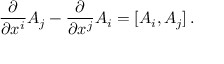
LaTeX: { \frac { \partial } { \partial x ^ { i } } } A _ { j } - { \frac { \partial } { \partial x ^ { j } } } A _ { i } = [ A _ { i } , A _ { j } ] \, .